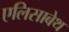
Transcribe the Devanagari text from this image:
एलिसाबेथ